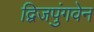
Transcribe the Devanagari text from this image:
द्विजपुंगवेन